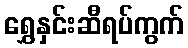
ရွှေနှင်းဆီရပ်ကွက်